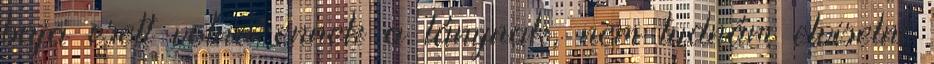
baja esett volna ennek a lánynak, nem tudnám elviselni